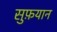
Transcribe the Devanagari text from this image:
सुफ़यान